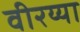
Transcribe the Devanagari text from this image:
वीरय्या